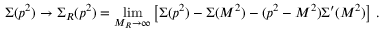
\Sigma ( p ^ { 2 } ) \rightarrow \Sigma _ { R } ( p ^ { 2 } ) = \operatorname * { l i m } _ { M _ { R } \rightarrow \infty } \left[ \Sigma ( p ^ { 2 } ) - \Sigma ( M ^ { 2 } ) - ( p ^ { 2 } - M ^ { 2 } ) \Sigma ^ { \prime } ( M ^ { 2 } ) \right] \, .